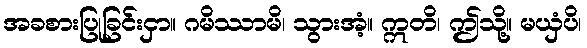
အခစားပြုခြင်းငှာ။ ဂမိဿာမိ၊ သွားအံ့။ ဣတိ၊ ဤသို့။ မယှံပိ၊